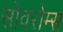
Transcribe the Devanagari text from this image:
सोवरोम्स